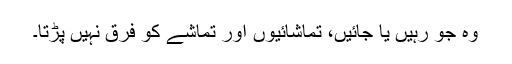
وہ جو رہیں یا جائیں، تماشائیوں اور تماشے کو فرق نہیں پڑتا۔